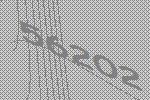
56202